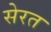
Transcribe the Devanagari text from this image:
सेरत